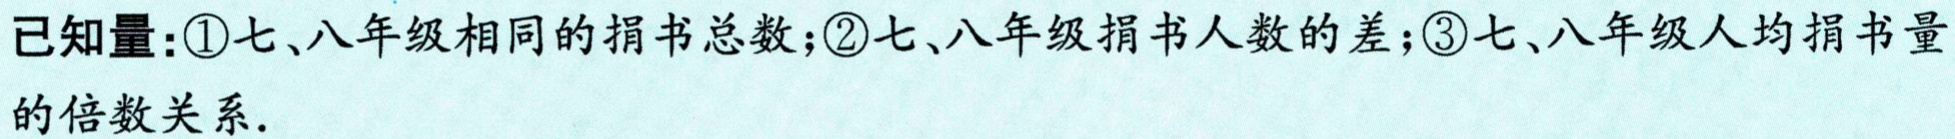
已知量：\textcircled{1}七、八年级相同的捐书总数；\textcircled{2}七、八年级捐书人数的差；\textcircled{3}七、八年级人均捐书量的倍数关系.